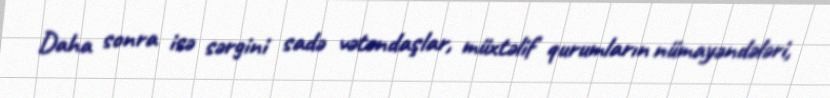
Daha sonra isə sərgini sadə vətəndaşlar, müxtəlif qurumların nümayəndələri,